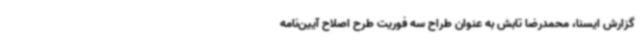
گزارش ایسنا، محمدرضا تابش به عنوان طراح سه فوریت طرح اصلاح آیین‌نامه